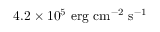
4 . 2 \times 1 0 ^ { 5 } \ \mathrm { e r g \ c m ^ { - 2 } \ s ^ { - 1 } }